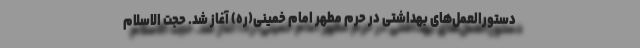
دستورالعمل‌های بهداشتی در حرم مطهر امام خمینی(ره) آغاز شد. حجت الاسلام